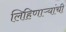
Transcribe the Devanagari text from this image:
लिहिणाऱ्यांची